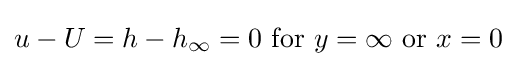
u-U=h-h_{\infty }=0\ {\text{for}}\ y=\infty \ {\text{or}}\ x=0